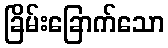
ခြိမ်းခြောက်သော